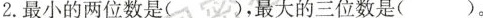
2.最小的两位数是()，最大的三位数()。